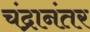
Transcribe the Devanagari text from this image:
चंद्रानंतर